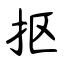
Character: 抠